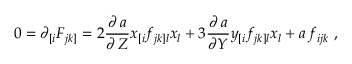
0 = \partial _ { [ i } F _ { j k ] } = 2 \frac { \partial \, a } { \partial \, Z } x _ { [ i } f _ { j k ] l } x _ { l } + 3 \frac { \partial \, a } { \partial Y } y _ { [ i } f _ { j k ] l } x _ { l } + a \, f _ { i j k } \ ,